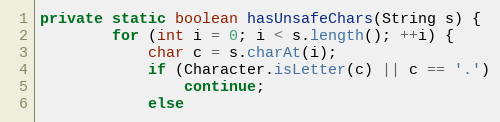
Language: Java
private static boolean hasUnsafeChars(String s) {
        for (int i = 0; i < s.length(); ++i) {
            char c = s.charAt(i);
            if (Character.isLetter(c) || c == '.')
                continue;
            else